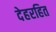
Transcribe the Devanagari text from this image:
देहरहित